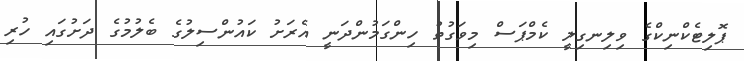
ޕޮލިޓެކްނިކްގެ ވިލިނގިލީ ކެމްޕަސް މިވަގުތު ހިންގަމުންދަނީ އެރަށު ކައުންސިލުގެ ބެލުމުގެ ދަށުގައި ހުރި